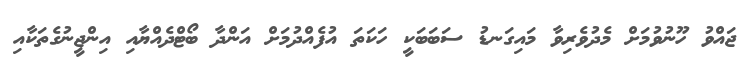
ޖައްވު ހޫނުވުމަށް މެދުވެރިވާ މައިގަނޑު ސަބަބަކީ ހަކަތަ އުފެއްދުމަށް އަންދާ ބޯޓްދެއްޔާއި އިންޖީނުގެތަކާއި